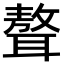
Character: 聱